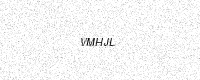
Text: VMHJL